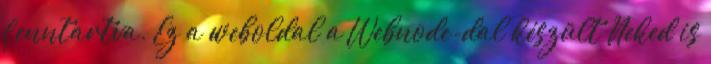
fenntartva. Ez a weboldal a Webnode-dal készült Neked is